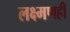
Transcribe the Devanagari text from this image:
लक्ष्मणही